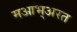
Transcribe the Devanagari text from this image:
मआभ्अरत